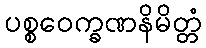
ပစ္စဝေက္ခဏနိမိတ္တံ